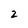
Character: 2